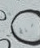
أستطيع